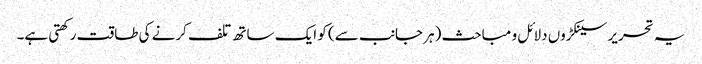
یہ تحریر سینکڑوں دلائل و مباحث (ہر جانب سے) کو ایک ساتھ تلف کرنے کی طاقت رکھتی ہے۔